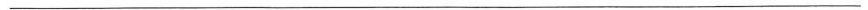
___